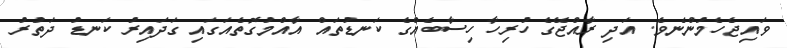
ވައިޖެހެމުންނެވެ. އަދި ރާއްޖޭގެ ހުރިހާ ހިސާބެއްގެ ކަނޑުތައް އާއްމުގޮތެއަގައި ގަދައިރު ކަނޑު ދަތުރު